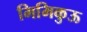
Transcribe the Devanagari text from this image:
मिमिकुऊ